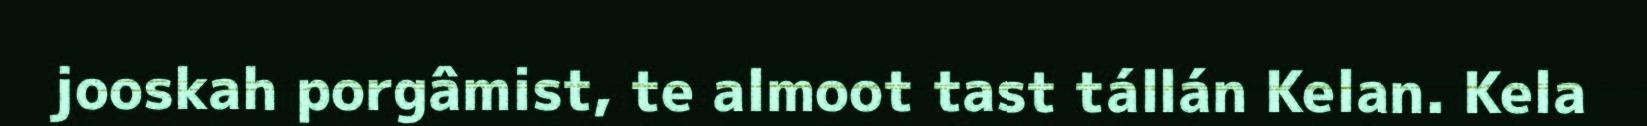
jooskah porgâmist, te almoot tast tállán Kelan. Kela